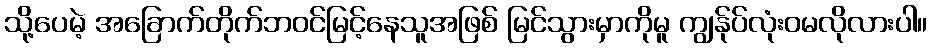
သို့ပေမဲ့ အခြောက်တိုက်ဘဝင်မြင့်နေသူအဖြစ် မြင်သွားမှာကိုမူ ကျွန်ုပ်လုံးဝမလိုလားပါ။